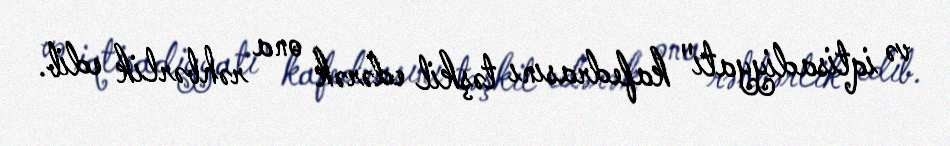
və iqtisadiyyatı" kafedrasını təşkil edərək ona rəhbərlik edib.